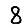
Digit: 8